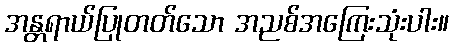
အန္တရာယ်ပြုတတ်သော အညစ်အကြေးသုံးပါး။